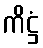
ကိဋ္ဌံ